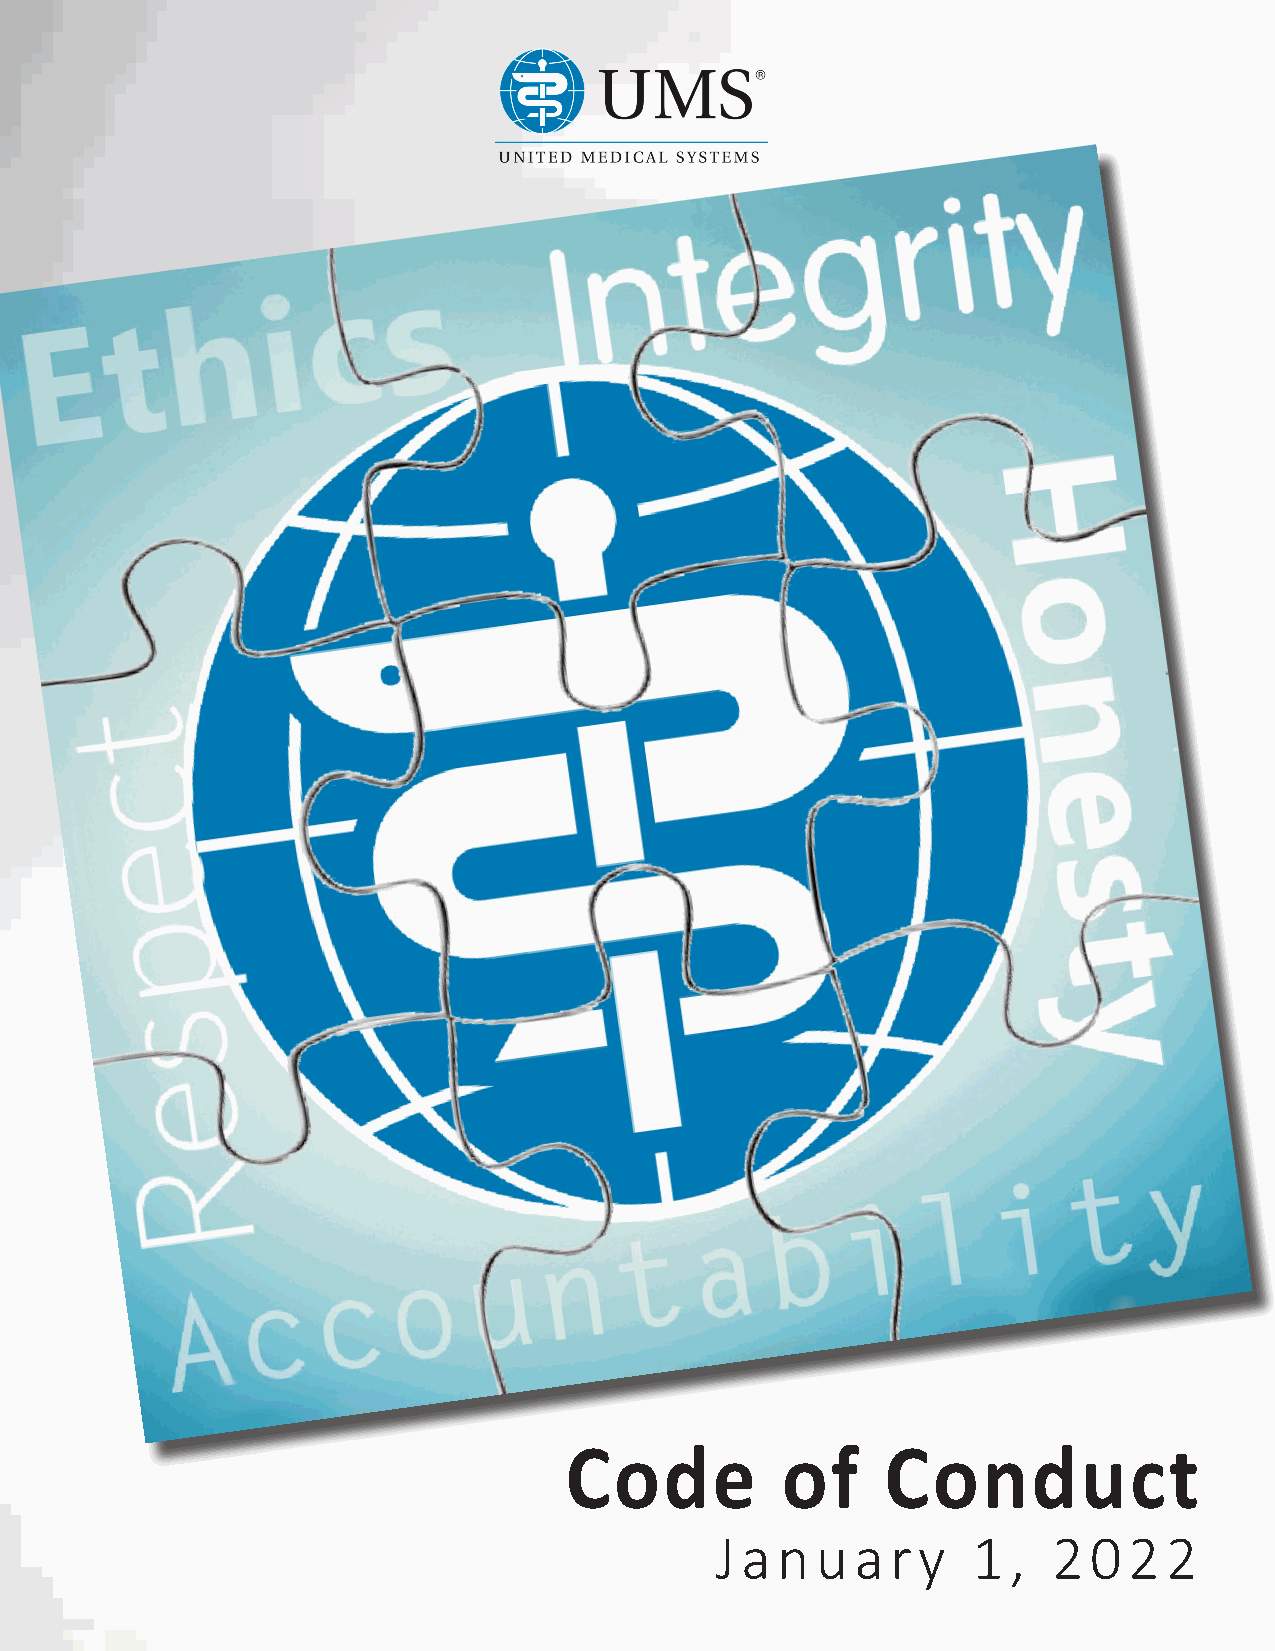
Code           of     Conduct
 January          1  ,  2022